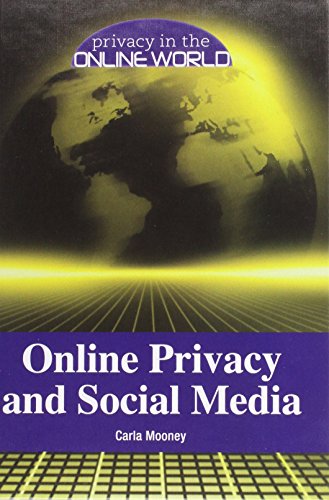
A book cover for Online Privacy and Social Media (Privacy in the Online World); Carla Mooney; Teen & Young Adult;